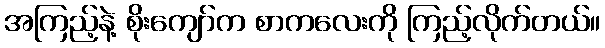
အကြည့်နဲ့ စိုးကျော်က စာကလေးကို ကြည့်လိုက်တယ်။